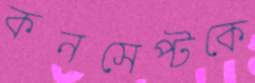
কনসেপ্টকে